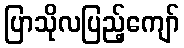
ပြာသိုလပြည့်ကျော်